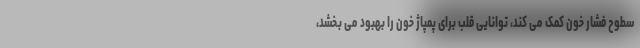
سطوح فشار خون کمک می کند، توانایی قلب برای پمپاژ خون را بهبود می بخشد،